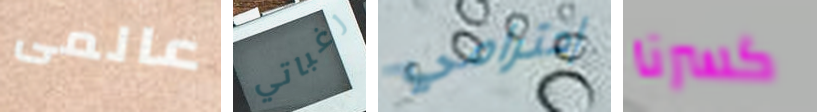
عالمى رغباتي إحترامي كسرنا